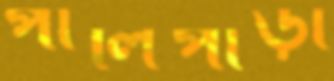
পালিপাড়া